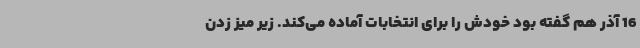
16 آذر هم گفته بود خودش را برای انتخابات آماده می‌کند. زیر میز زدن